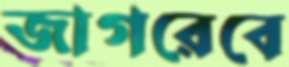
জাগরেবে